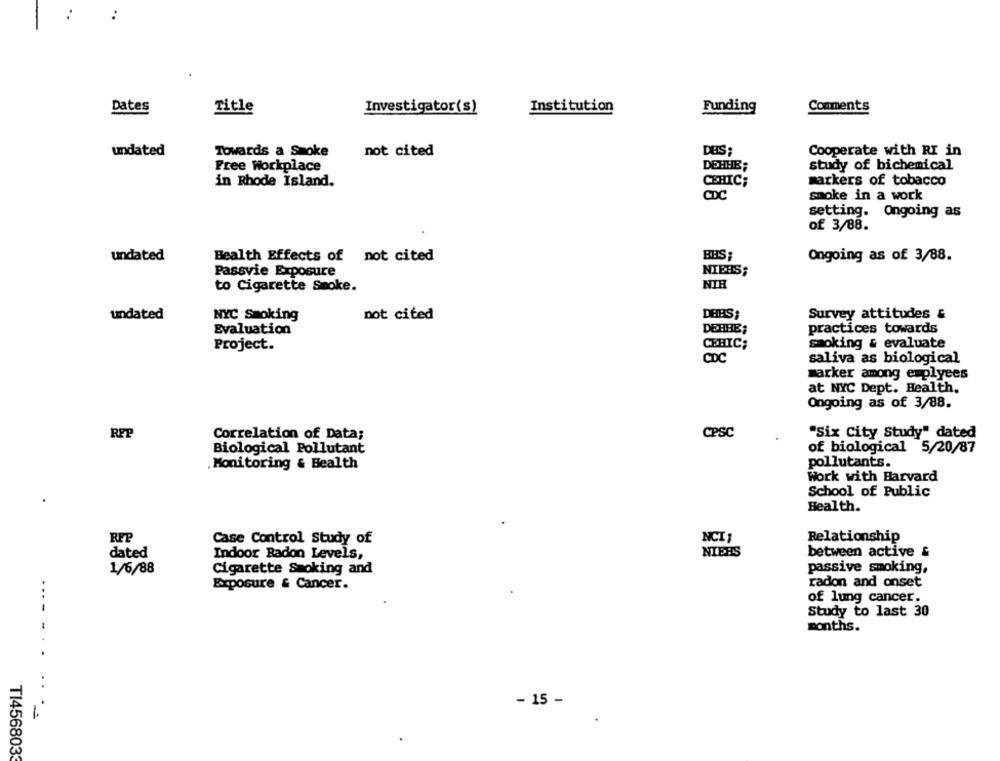
Dates
Title
Investigator(s)
Institution
Funding
Comments
undated
Towards a Smoke
not cited
DEIS :
Cooperate with RI in
Free Workplace
DEHHE;
study of bichemical
in Rhode Island.
CEHIC;
markers of tobacco
CDC
smoke in a work
setting. Ongoing as
of 3/88.
undated
Health Effects of not cited
BHS;
Ongoing as of 3/88.
Passvie Exposure
NIERS;
to Cigarette Smoke.
NIR
undated
NYC Smoking
mot cited
DERS;
Survey attitudes &
Evaluation
DEHHE;
practices towards
Project.
CEHIC;
smoking & evaluate
CDC
saliva as biological
marker among emplyees
at NYC Dept. Health.
Ongoing as of 3/88.
RFP
Correlation of Data;
CPSC
"Six City Study" dated
Biological Pollutant
of biological 5/20/87
Monitoring & Health
pollutants.
Work with Harvard
School of Public
Health.
RFP
Case Control Study of
NCI
Relationship
dated
NIEHS
between active &
Indoor Radon Levels,
1/6/88
Cigarette Smoking and
passive smoking,
Exposure & Cancer.
radon and onset
of lung cancer.
Study to last 30
months.
- 15 -
TI4568033